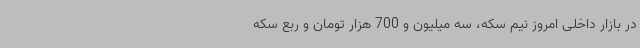
در بازار داخلی امروز نیم سکه، سه میلیون و 700 هزار تومان و ربع سکه